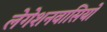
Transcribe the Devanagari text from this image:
लेगेशनवासियों